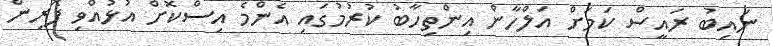
ނައިބު ރައީސް ކަމަށް އަލްހާން އިންތިހާބު ކުރުމުގައި އެންމެ އިސްކޮށް އުޅުއްވި ފޮރިން